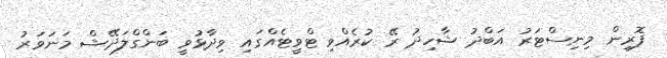
ފޮރިން މިނިސްޓަރު އަބްދު ޝާހިދު ރޭ ކުރެއްވި ޓްވީޓެއްގައި ވިދާޅުވީ ބަންގްލަދޭޝް މަނަވަރު